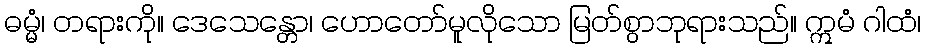
ဓမ္မံ၊ တရားကို။ ဒေသေန္တော၊ ဟောတော်မူလိုသော မြတ်စွာဘုရားသည်။ ဣမံ ဂါထံ၊